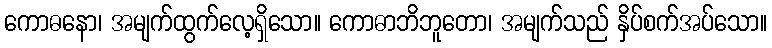
ကောဓနော၊ အမျက်ထွက်လေ့ရှိသော။ ကောဓာဘိဘူတော၊ အမျက်သည် နှိပ်စက်အပ်သော။